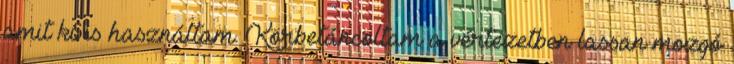
amit ki is használtam. Körbetáncoltam a vértezetben lassan mozgó